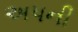
અપની